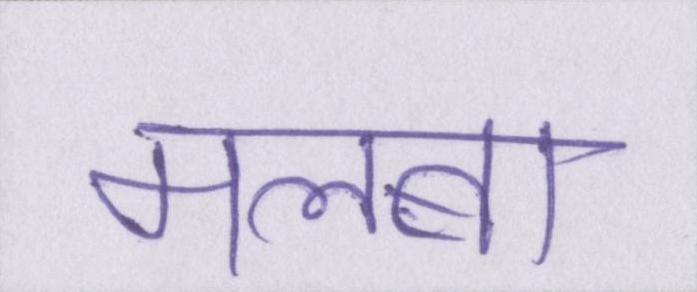
मलबा